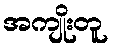
အကျိုးတူ